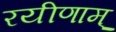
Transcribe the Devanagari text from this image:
रयीणाम्